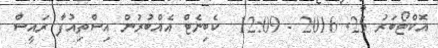
އޮކްޓޯބަރު 25